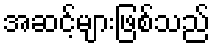
အဆင့်များဖြစ်သည်